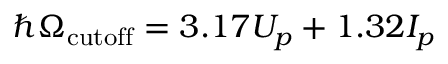
\hbar \Omega _ { \mathrm { c u t o f f } } = 3 . 1 7 U _ { p } + 1 . 3 2 I _ { p }